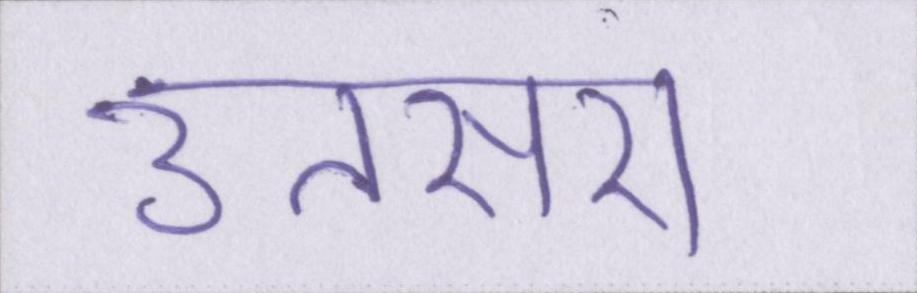
उतसरा।